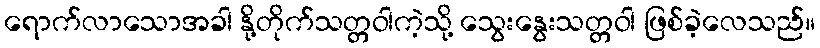
ရောက်လာသောအခါ နို့တိုက်သတ္တဝါကဲ့သို့ သွေးနွေးသတ္တဝါ ဖြစ်ခဲ့လေသည်။